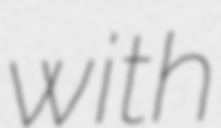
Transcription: with